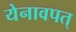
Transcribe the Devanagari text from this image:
येनावपत्